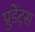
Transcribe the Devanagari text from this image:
प्रुडेंट्स